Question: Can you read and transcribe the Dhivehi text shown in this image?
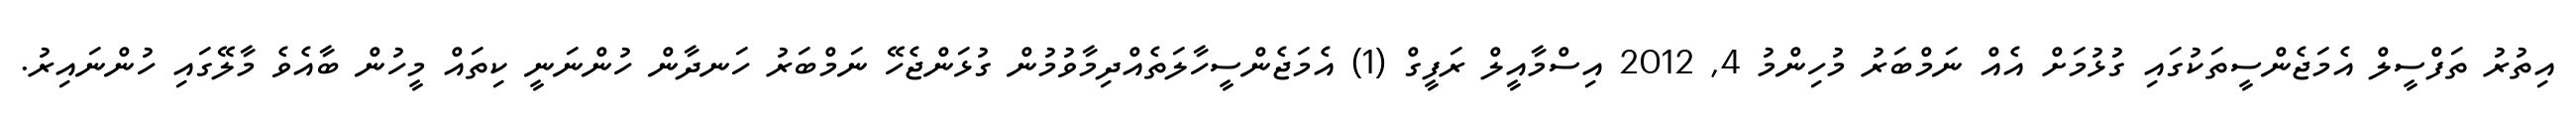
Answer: އިތުރު ތަފްސީލް އެމަޖެންސީތަކުގައި ގުޅުމަށް އެއް ނަމްބަރު މުހިންމު 4, 2012 އިސްމާއީލް ރަފީގް (1) އެމަޖެންސީހާލަތެއްދިމާވުމުން ގުޅަންޖެހޭ ނަމްބަރު ހަނދާން ހުންނަނީ ކިތައް މީހުން ބާއެވެ މާލޭގައި ހުންނައިރު.